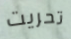
تحريت